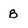
Character: b